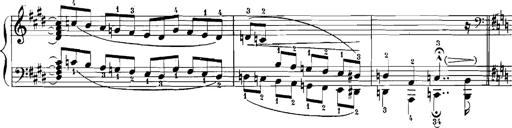
Title: Rhapsodies hongroises
Composer: Franz Liszt